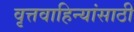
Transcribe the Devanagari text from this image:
वृत्तवाहिन्यांसाठी